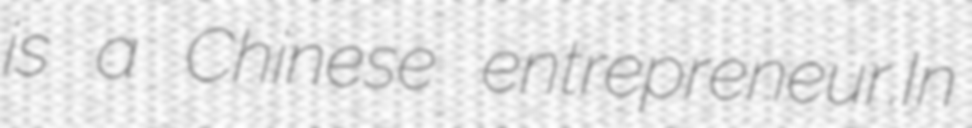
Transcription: is a Chinese entrepreneur.In